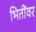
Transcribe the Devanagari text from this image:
भितींवर